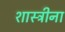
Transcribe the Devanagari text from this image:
शास्त्रीना